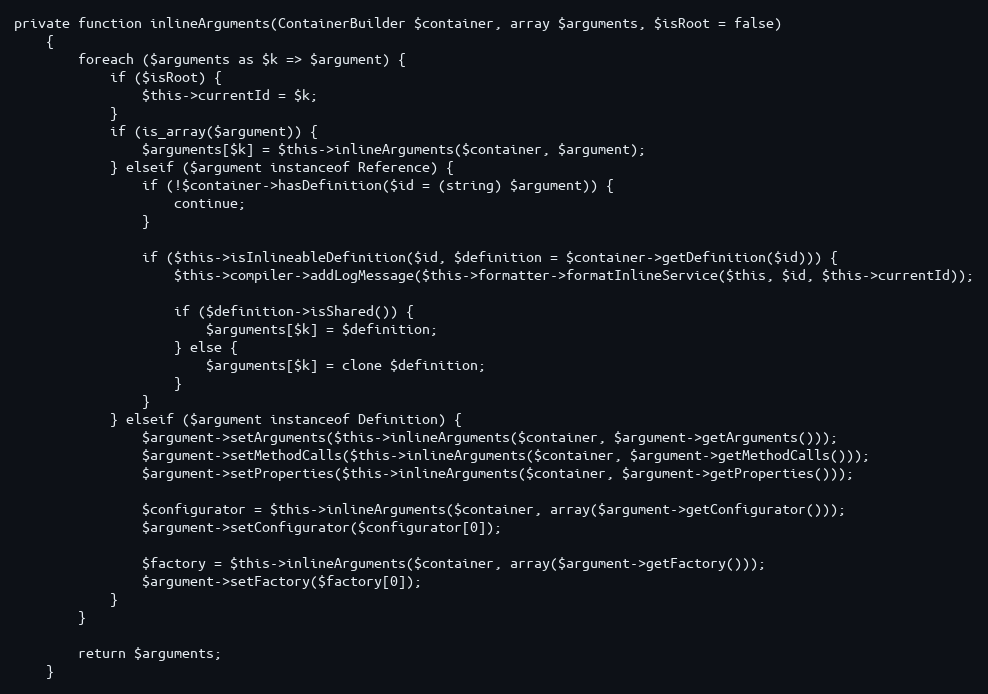
Language: PHP
private function inlineArguments(ContainerBuilder $container, array $arguments, $isRoot = false)
    {
        foreach ($arguments as $k => $argument) {
            if ($isRoot) {
                $this->currentId = $k;
            }
            if (is_array($argument)) {
                $arguments[$k] = $this->inlineArguments($container, $argument);
            } elseif ($argument instanceof Reference) {
                if (!$container->hasDefinition($id = (string) $argument)) {
                    continue;
                }

                if ($this->isInlineableDefinition($id, $definition = $container->getDefinition($id))) {
                    $this->compiler->addLogMessage($this->formatter->formatInlineService($this, $id, $this->currentId));

                    if ($definition->isShared()) {
                        $arguments[$k] = $definition;
                    } else {
                        $arguments[$k] = clone $definition;
                    }
                }
            } elseif ($argument instanceof Definition) {
                $argument->setArguments($this->inlineArguments($container, $argument->getArguments()));
                $argument->setMethodCalls($this->inlineArguments($container, $argument->getMethodCalls()));
                $argument->setProperties($this->inlineArguments($container, $argument->getProperties()));

                $configurator = $this->inlineArguments($container, array($argument->getConfigurator()));
                $argument->setConfigurator($configurator[0]);

                $factory = $this->inlineArguments($container, array($argument->getFactory()));
                $argument->setFactory($factory[0]);
            }
        }

        return $arguments;
    }